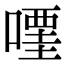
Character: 𠽥